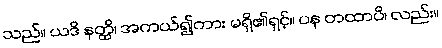
သည်။ ယဒိ နတ္ထိ၊ အကယ်၍ကား မရှိ၏ရှင့်။ ပန တထာပိ၊ လည်း။